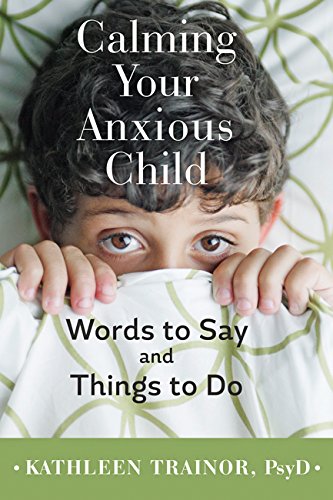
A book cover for Calming Your Anxious Child: Words to Say and Things to Do; Kathleen Trainor; Self-Help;